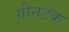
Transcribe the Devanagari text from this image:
ग्रीनटेक